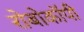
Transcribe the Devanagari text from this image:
रोबोकॉपी